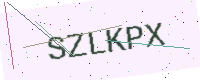
Text: SZLKPX